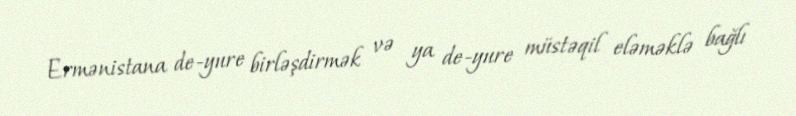
Ermənistana de-yure birləşdirmək və ya de-yure müstəqil eləməklə bağlı